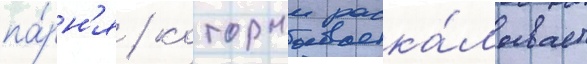
па́рн'я / которыи раска́лывает